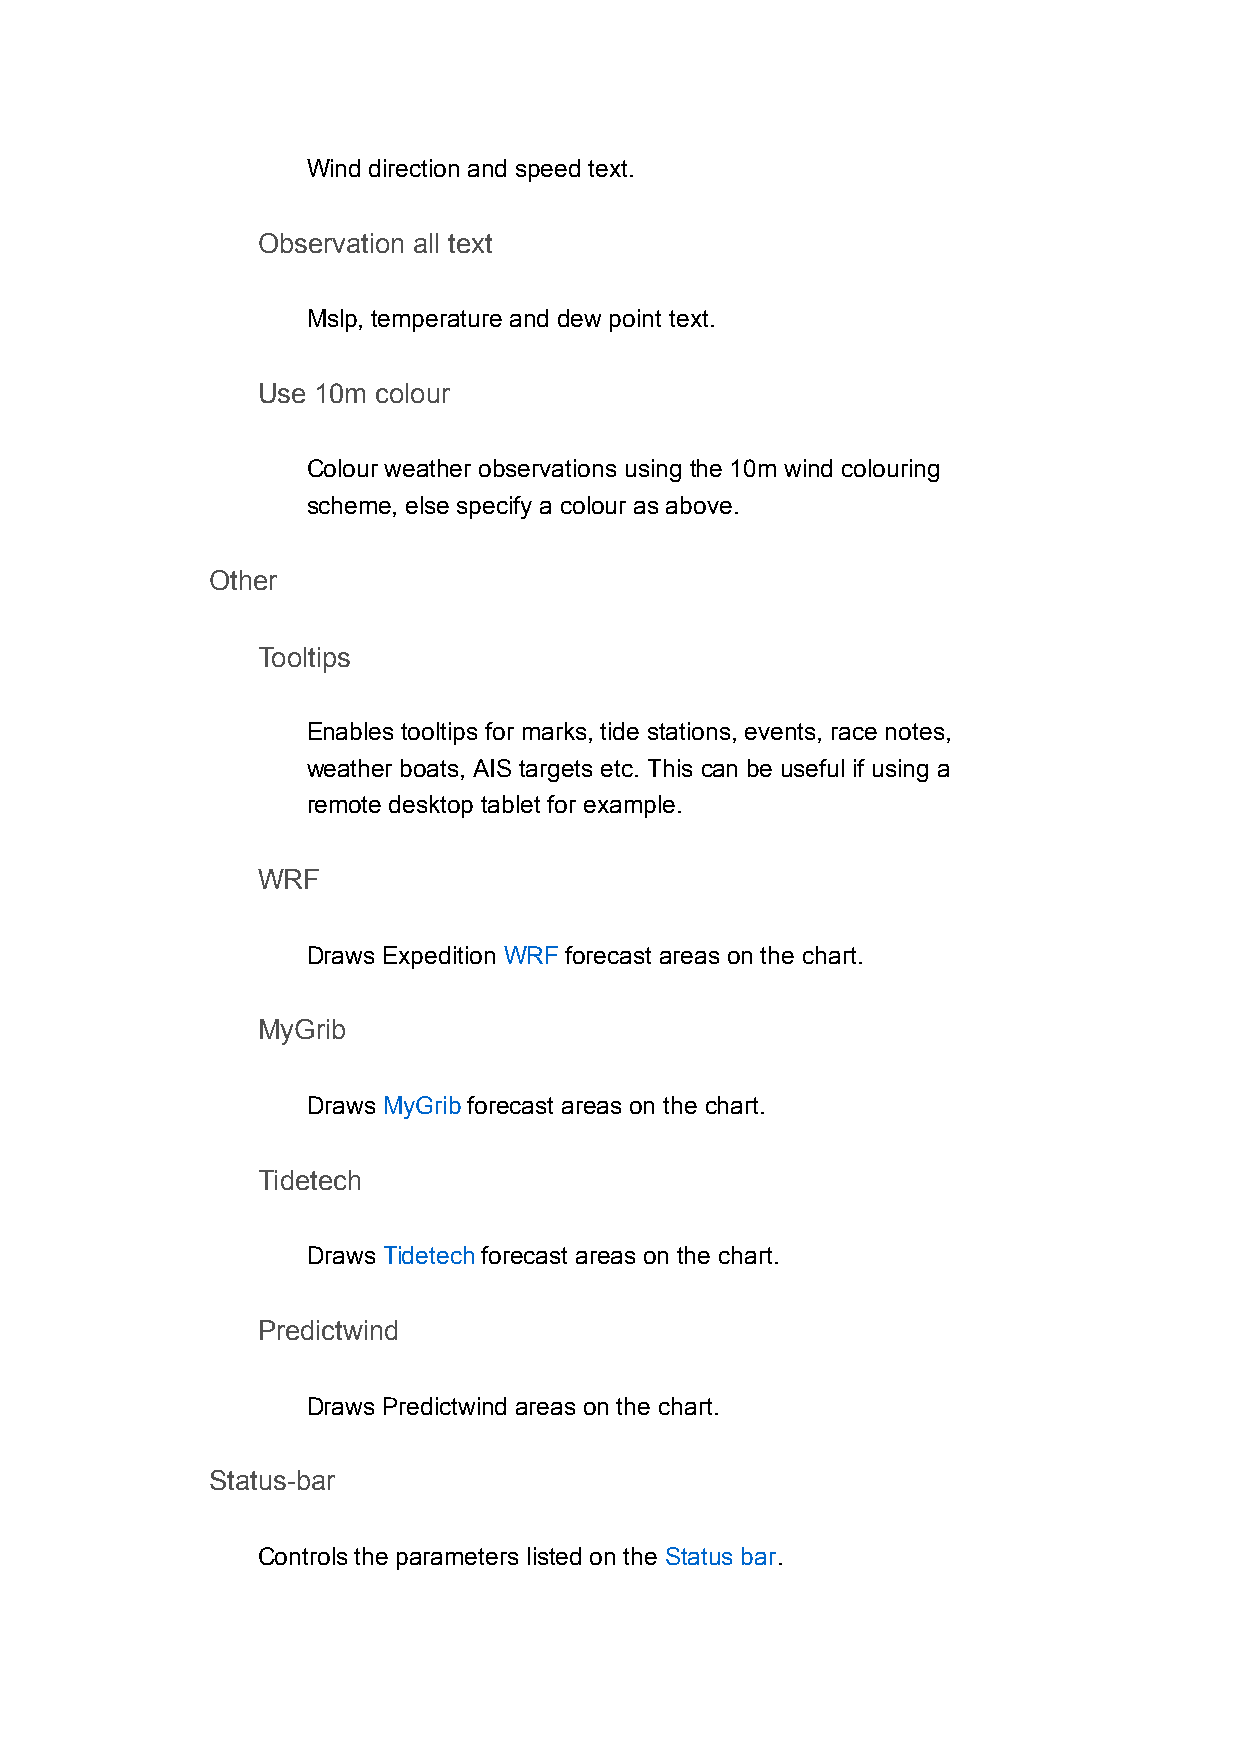
Wind direction and speed text.
 Observation all text
 Mslp, temperature and dew point text.
 Use 10m colour
 Colour weather observations using the 10m wind colouring
 scheme, else specify a colour as above.
 Other
 Tooltips
 Enables tooltips for marks, tide stations, events, race notes,
 weather boats, AIS targets etc. This can be useful if using a
 remote desktop tablet for example.
 WRF
 Draws Expedition WRF forecast areas on the chart.
 MyGrib
 Draws MyGrib forecast areas on the chart.
 Tidetech
 Draws Tidetech forecast areas on the chart.
 Predictwind
 Draws Predictwind areas on the chart.
 Status-bar
 Controls the parameters listed on the Status bar.